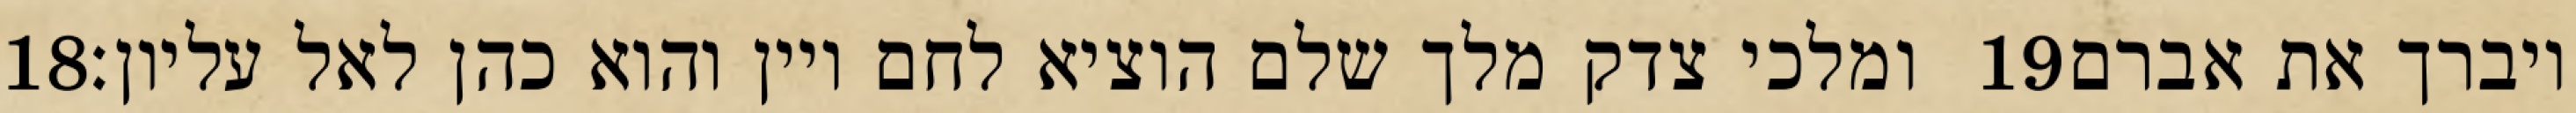
‎18‏ ומלכי צדק מלך שלם הוציא לחם ויין והוא כהן לאל עליון׃ ‎19‏ ויברך את אברם